Civil Veterinary Dept. North-West Frontier Province 1901-22 - 1901-1922
Year: 1901
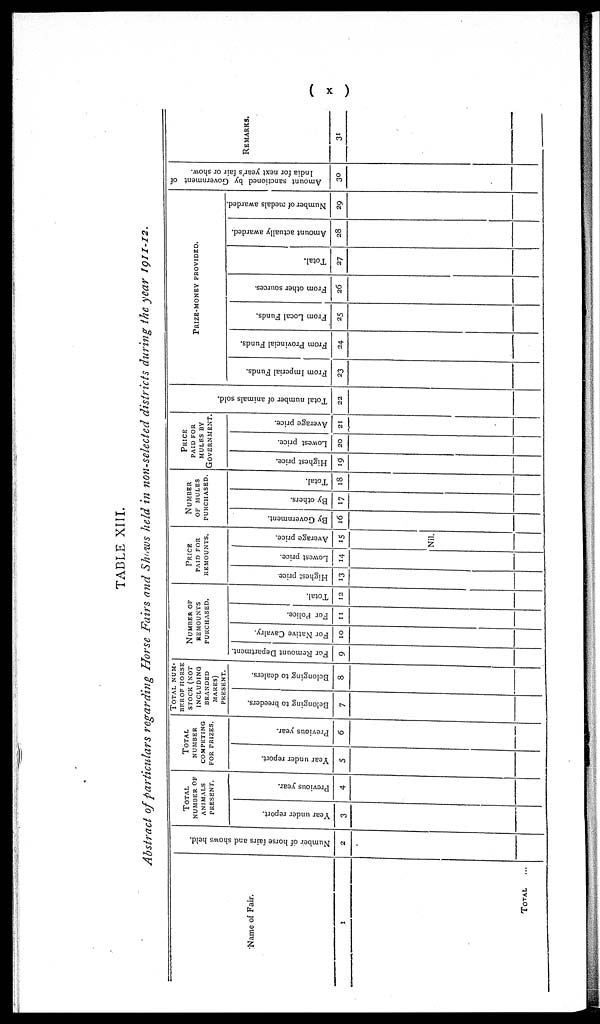
( x )
TABLE XIII.
Abstract of particulars regarding Horse Fairs and Shows held in non-selected districts during the year 1911-12.
Name of Fair.
1
TOTAL ...
Number of horse fairs and shows held.
2
TOTAL
NUMBER OF
ANIMALS
PRESENT.
Year under report.
3
Previous year.
4
TOTAL
NUMBER
COMPETING
FOR PRIZES.
Year under report.
5
Previous year.
6
TOTAL NUM-
BER OF HORSE
STOCK (NOT
INCLUDING
BRANDED
MARES)
PRESENT.
Belonging to breeders.
7
Belonging to dealers.
8
NUMBER OF
REMOUNTS
PURCHASED.
For Remount Department.
9
For Native Cavalry.
10
For Police.
11
Total.
12
PRICE
PAID FOR
REMOUNTS.
Highest price
13
Lowest price.
14
Average price.
15
Nil.
NUMBER
OF MULES
PURCHASED.
By Government.
16
By others.
17
Total.
18
PRICE
PAID FOR
MULES BY
GOVERNMENT.
Highest price.
19
Lowest price.
20
Average price.
21
Total number of animals sold.
22
PRIZE-MONEY PROVIDED.
From Imperial Funds.
23
From Provincial Funds.
24
From Local Funds.
25
From other sources.
26
Total.
27
Amount actually awarded.
28
Number of medals awarded.
29
Amount sanctioned by Government of
India for next year's fair or show.
30
REMARKS.
31